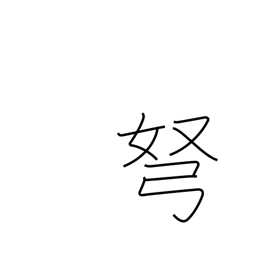
Meaning: bow (arrow)